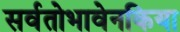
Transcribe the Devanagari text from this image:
सर्वतोभावेनकिया